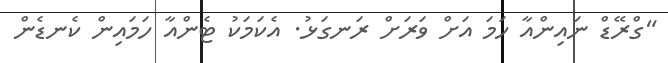
"ގްރޭޑް ނައިންއާ ހަމަ އަށް ވަރަށް ރަނގަޅު. އެކަމަކު ޓެންއާ ހަމައިން ކެނޑެން